Lunatic asylums Central Provinces reports 1874-1885 - 1874-1885
Year: 1874
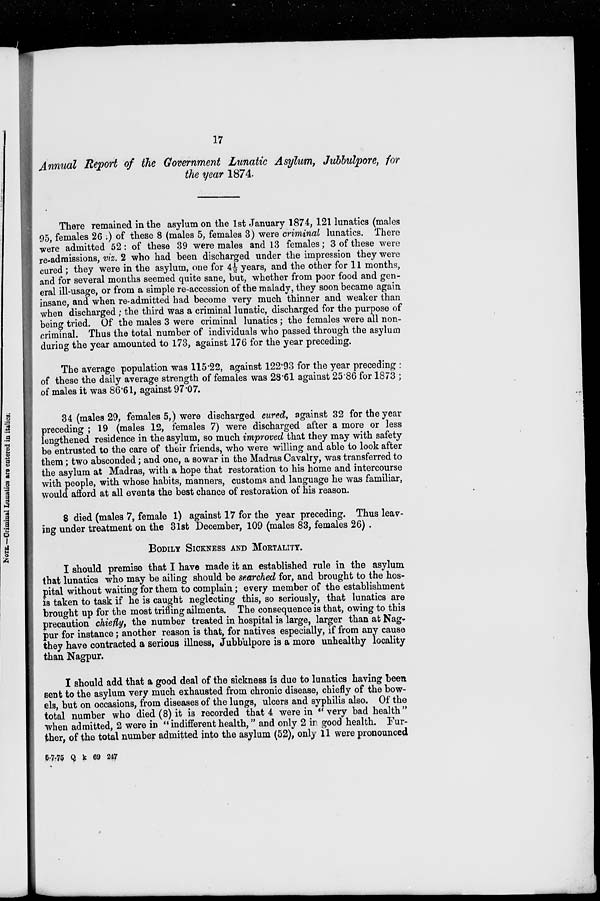
17
Annual Report of the Government Lunatic Asylum, Jubbulpore, for
the year 1874.
There remained in the asylum on the 1st January 1874, 121 lunatics (males
95, females 26. ) of these 8 (males 5, females 3) were criminal lunatics. There
were admitted 52: of these 39 were males and 13 females; 3 of these were
re-admissions, viz. 2 who had been discharged under the impression they were
cured ; they were in the asylum, one for 4½ years, and the other for 11 months,
and for several months seemed quite sane, but, whether from poor food and gen-
eral ill-usage, or from a simple re-accession of the malady, they soon became again
insane, and when re-admitted had become very much thinner and weaker than
when discharged; the third was a criminal lunatic, discharged for the purpose of
being tried. Of the males 3 were criminal lunatics; the females were all non-
criminal. Thus the total number of individuals who passed through the asylum
during the year amounted to 173, against 176 for the year preceding.
The average population was 115.22, against 122.93 for the year preceding :
of these the daily average strength of females was 28.6l against 25.86 for 1873 ;
of males it was 86.61, against 97.07.
34 (males 29, females 5,) were discharged cured, against 32 for the year
preceding ; 19 (males 12, females 7) were discharged after a more or less
lengthened residence in the asylum, so much improved that they may with safety
be entrusted to the care of their friends, who were willing and able to look after
them; two absconded; and one, a sowar in the Madras Cavalry, was transferred to
the asylum at Madras, with a hope that restoration to his home and intercourse
with people, with whose habits, manners, customs and language he was familiar,
would afford at all events the best chance of restoration of his reason.
8 died (males 7, female 1) against 17 for the year preceding. Thus leav-
ing under treatment on the 31st December, 109 (males 83, females 26).
BODILY SICKNESS AND MORTALITY.
I should premise that I have made it an established rule in the asylum
that lunatics who may be ailing should be searched for, and brought to the hos-
pital without waiting for them to complain; every member of the establishment
is taken to task if he is caught neglecting this, so seriously, that lunatics are
brought up for the most trifling ailments. The consequence is that, owing to this
precaution chiefly, the number treated in hospital is large, larger than at Nag-
pur for instance; another reason is that, for natives especially, if from any cause
they have contracted a serious illness, Jubbulpore is a more unhealthy locality
than Nagpur.
I should add that a good deal of the sickness is due to lunatics having been
sent to the asylum very much exhausted from chronic disease, chiefly of the bow-
els, but on occasions, from diseases of the lungs, ulcers and syphilis also. Of the
total number who died (8) it is recorded that 4 were in "very bad health"
when admitted, 2 were in " indifferent health," and only 2 in good health. Fur-
ther, of the total number admitted into the asylum (52), only 11 were pronounced
5-7-75 Q K 69 247